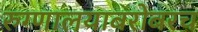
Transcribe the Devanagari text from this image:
रुग्णालयाबरोबरच